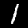
Digit: 1